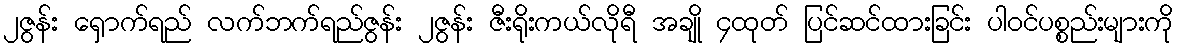
၂ဇွန်း ရှောက်ရည် လက်ဘက်ရည်ဇွန်း ၂ဇွန်း ဇီးရိုးကယ်လိုရီ အချို ၄ထုတ် ပြင်ဆင်ထားခြင်း ပါဝင်ပစ္စည်းများကို